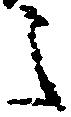
之